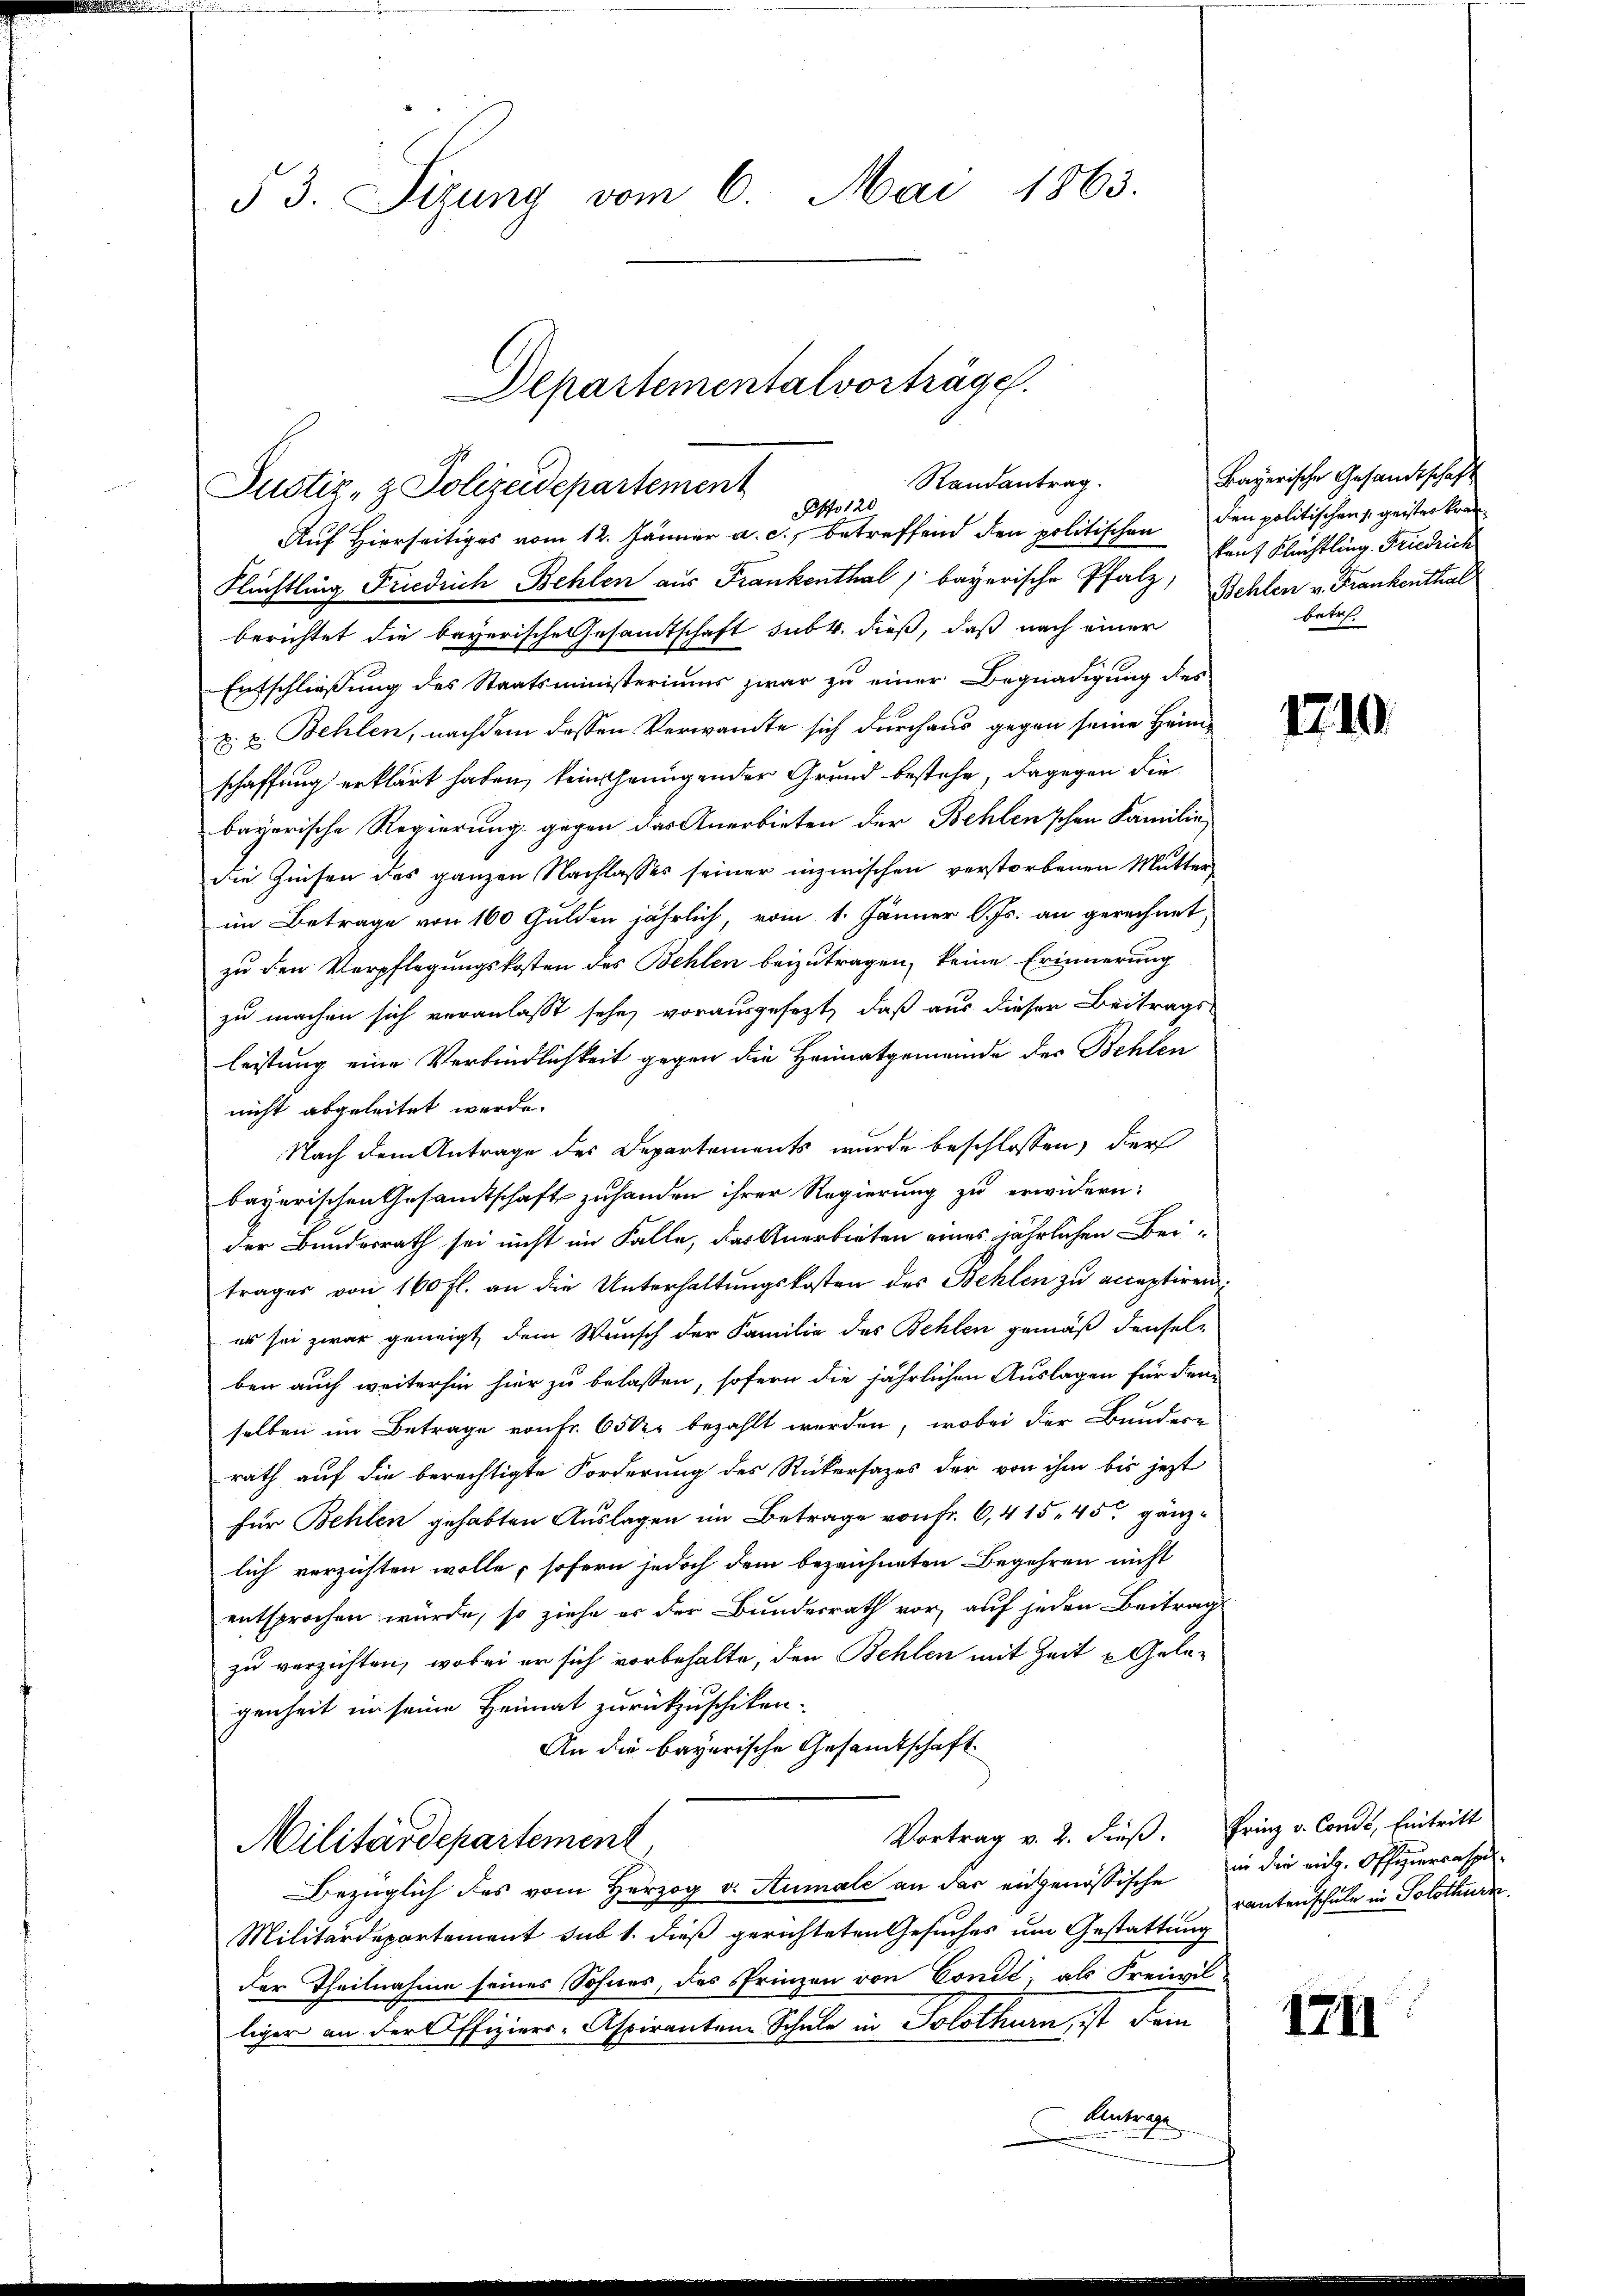
53. Sizung vom 6. Mai 1863.

Departementalvorträge.
Randantrag.
Justiz- & Polizeidepartement
Otto 120

Auf Hierseitiges vom 12. Jänner a. c., betreffend den politischen den politischen geister kran
Flüchtling Friedrich Behlen aus Frankenthal bayerische Pfalz, Behlen v. Frankenthal
berichtet die bayerische Gesamtschaft sub 4. dieß, daß nach einer
Entschließung des Staatsministeriums zwar zu einer Begnadigung des
z. v. Behlen, nachdem dessen Verwandte sich durchaus gegen seine Herrn
schaffung erklärt haben, keinscheinigender Grund bestehe, dagegen die
bayerische Regierung gegen das Anerbieten der Behlen'schen Familie
die Zinsen des ganzen Nachlasses seiner inzwischen verstorbenen Mutter-
im Betrage von 100 Gulden jährlich, vom 1. Jänner lJs. an gerechnet,
zu den Verpflegungskosten des Behlen beizutragen, keine Erinnerung
zu machen sich veranlasst sehe, vorausgesezt, daß aus dieser Beitrags-
leistung eine Verbindlichkeit gegen die Heimatgemeinde der Behlen
nicht abgeleitet werde.
Nach dem Antrage des Departements wurde beschlossen, der
bayerischen Gesandtschaft zuhanden ihrer Regierung zu erwidern:
der Bundesrath sei nicht im Falle, das Anerbieten eines jährlichen Bei-
träger von 160 fl. an die Unterhaltŭngskosten des Behlen zu acceptiren:
es sei zwar geneigt, dem Wunsch der Familie des Behlen gemäß denselben auch weiterhin hier zu belassen, sofern die jährlichen Auslagen für den
selben im Betrage von Fr. 650r bezahlt werden, wobei der Bundere
rath auf die berechtigte Forderung des Rückersages der von ihm bis jezt
für Behlen gehabten Auslagen im Betrage von Fr. 6, 415, 45 gänzlich verzichten wolle, sofern jedoch dem bezeichneten Begehren nicht
entsprochen würde, so ziehe es der Bundesrath vor, auf jeden Beitrag
zu verzichten, wobei er sich vorbehalte, den Behlen mit Zeit u Gelegenheit in seine Heimat zurückzuschiken.
An die bayerische Gesamtschaft
Vortrag v. 2. Fuß. Frinz v. Condl, Eintritt
Militärdepartement
Bezüglich des vom Herzog v. Atumale an der eingenössische in die eit. Offizierrasse¬
Militärdepartement sub 1. dieß gerichteten Gesuches um Gestattung
der Theilnahme seines Sohnes, des Prinzen von Condl, als Freiwilliger an der Offiziers-Aspirantene Schule in Solothurn, ist dem
Antrage

Bayerische Gesandtschaft
kauf Flüchtling. Friedrich
betr.

1219.

rantenschule in Solothurn

1711